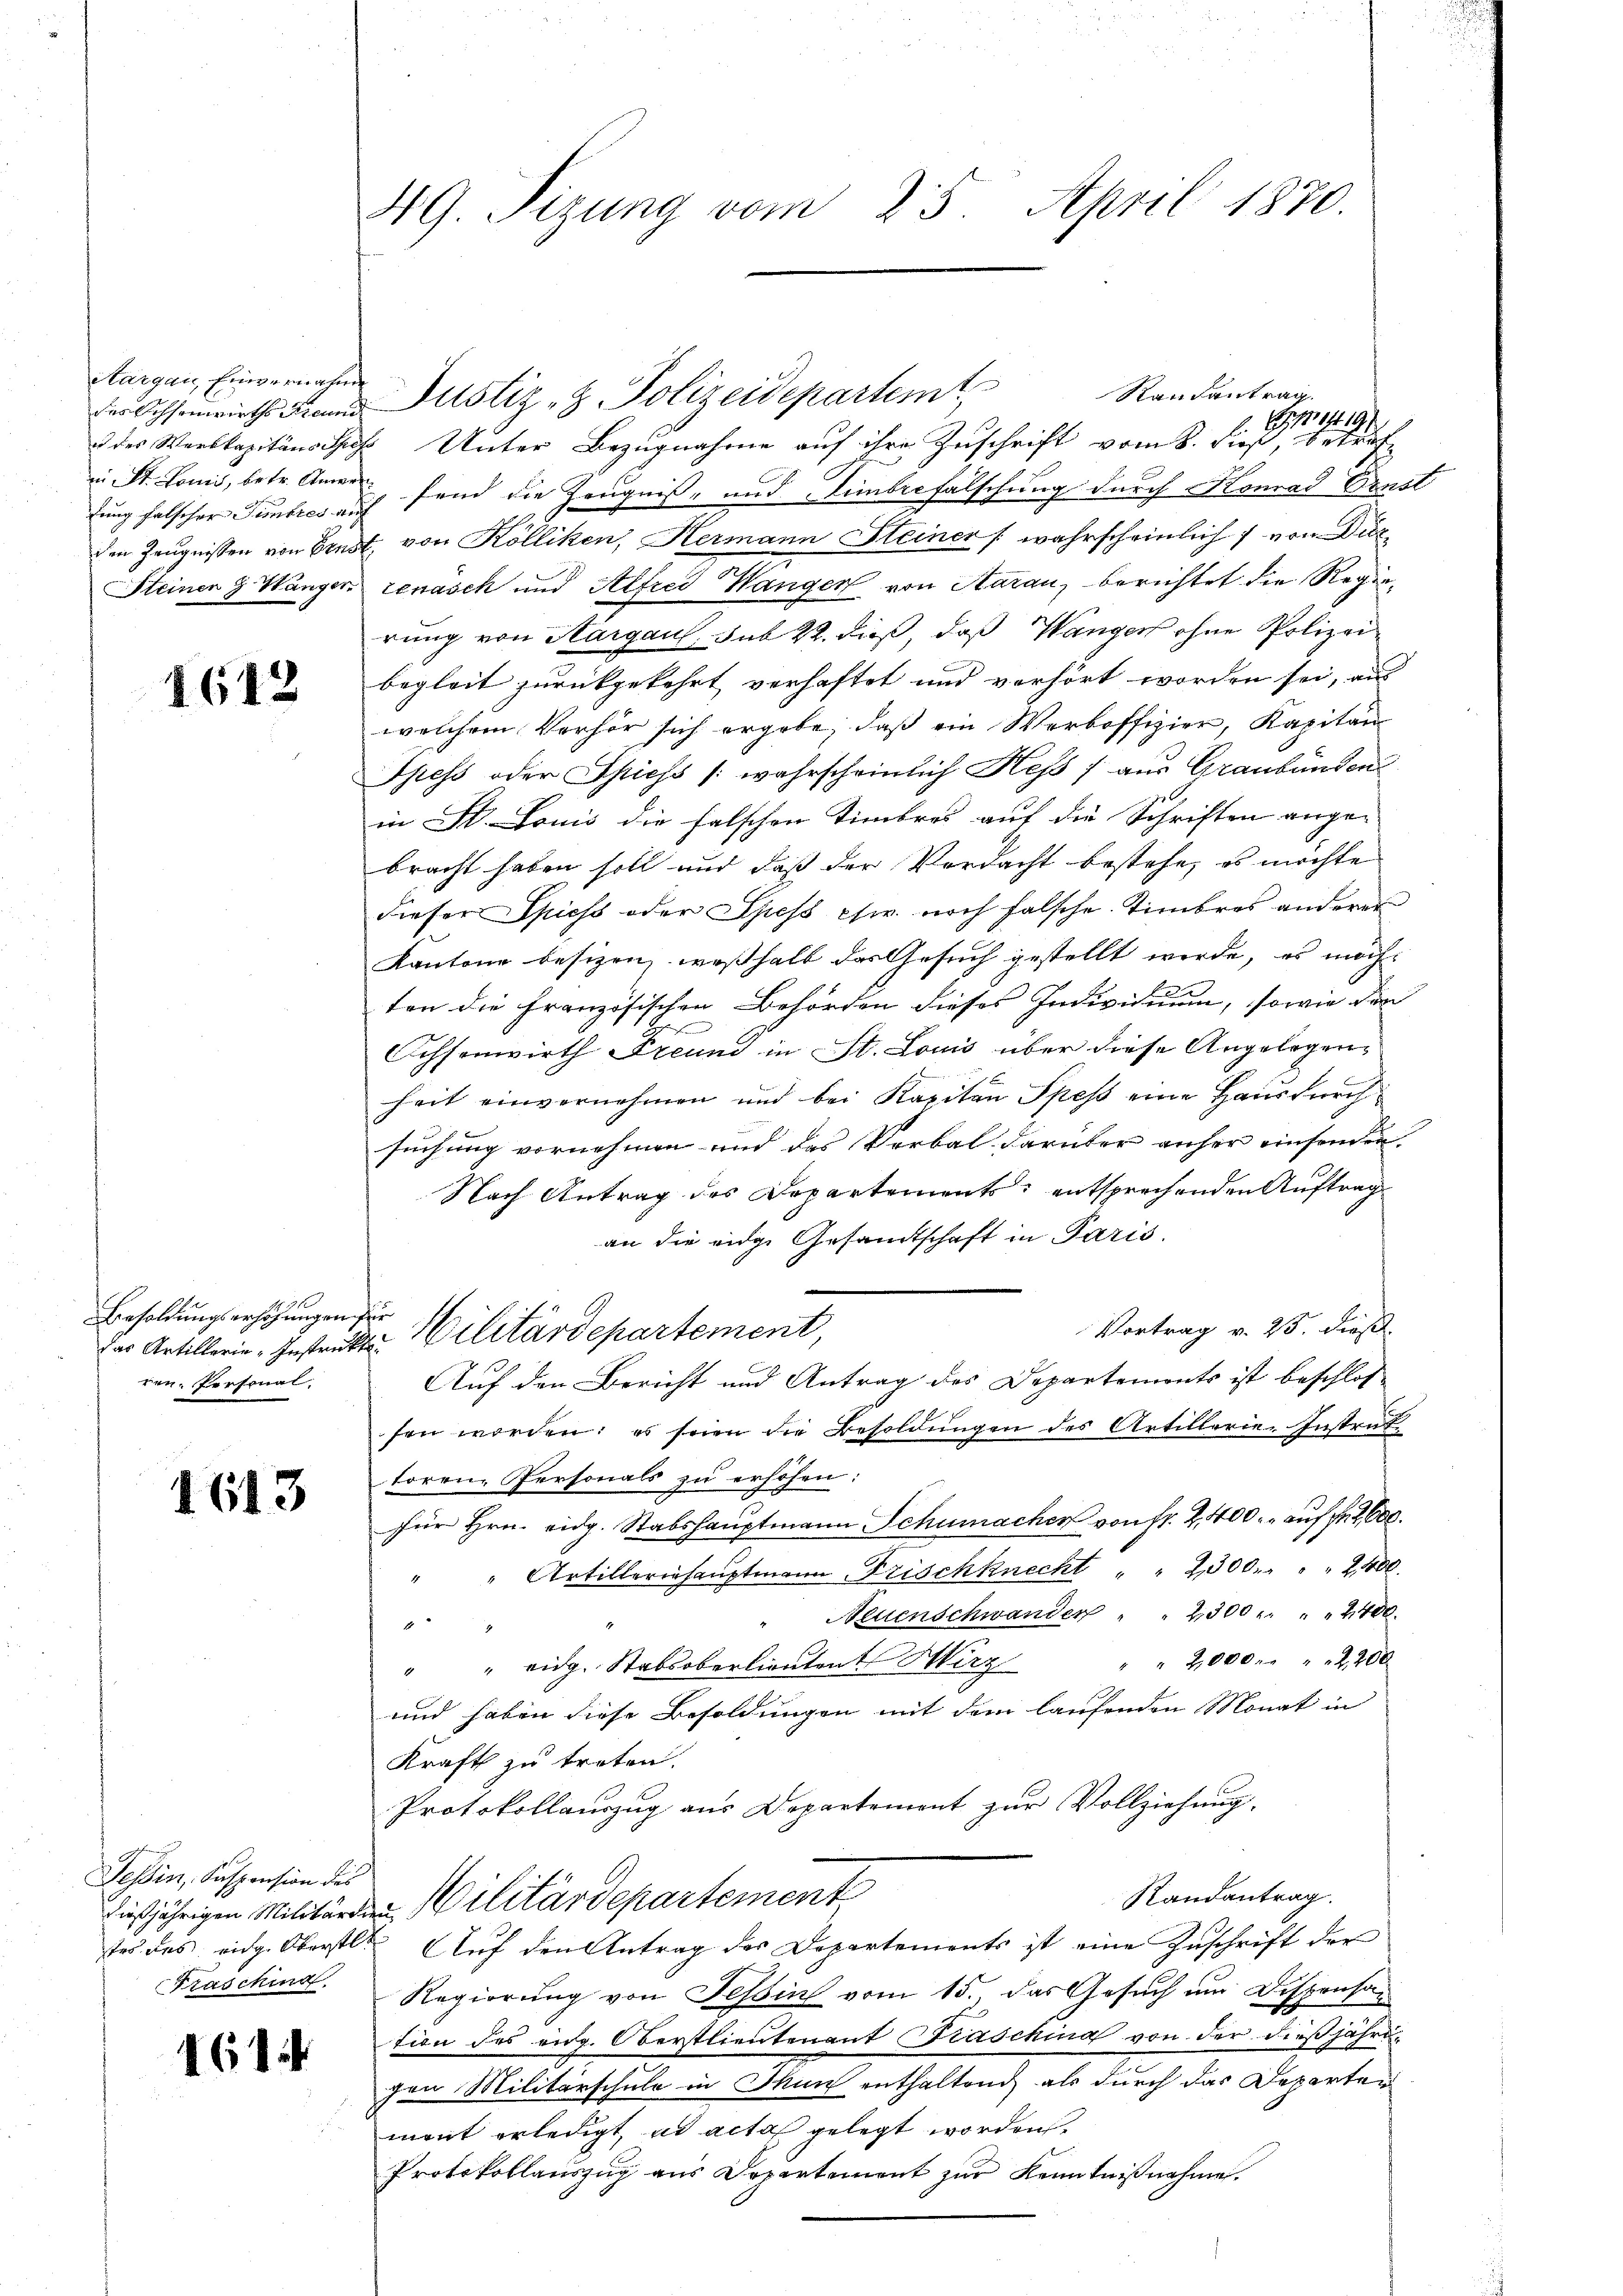
Aargau, Einvernahme
in St. Louii, betr. Amer

1612

Besoldungserhöhungen für
ren Personal.

1613

Tessin, Suspension des
Fraschind

461

49. Sizung vom 25. April 1870.

des Werkapitäns des Unter Bezugnahme auf ihre Zuschrift vom 8. dieß, beträfdung falscher Tuntres auf fand die Zeugniß- und Eimbecfalschung durch Komad Ernst
den Zeugnissen von Ernst von Kölliken, Hermann Steiner (wahrscheinlich 7 von Dez
Steinen & Wänger zenasch und Alfred Wanger von Aarau, berichtet die Regierung von Aargaul, sub 22. dieß, daß Wanger ohne Polizeibegleit zurückgekehrt verhaftet und verhört worden sei, aus
welchem Verhör sich ergebe, daß ein Werboffizier, Kapitan
Spess oder Spiess (wahrscheinlich Hess / aus Graubünden
in St. Louis die falschen Timbres auf die Schriften angebracht haben soll und daß der Verdacht bestehe, es möchte
dieser Giess oder Spess cir. noch falsche Timbres anderer
Kantone besizen, weßhalb das Gesuch gestellt werde, es mache
ten die Französischen Behörden dieses Individuum, sowie der
Achsenwirth Freund in St. Louis über diese Angelegen-
heit einvernehmen und bei Kapitän Spess eine Hausdurch
suchung vornehmen und das Verbal darüber anfer einsender.
Nach Antrag des Departements entsprechenden Auftrag
an die eidge Gesamtschaft in Paris.
Vortrag v. 25. dieß.
Auf den Bericht und Antrag des Departemonts ist beschlos
sen worden: es seien die Besoldŭngen des Artillerie-Instraf
torene Personals zu erhöhen:
für Hrn. eidg. Stabshauptmann Schumacher von fr. 2400. auf fr 2000.
" Artilleriehaŭptmann Frischknecht " " 2300. " " " 2400.
Neuenschwander " " 2300 " " " 2400.
2
" " eidg. Stabsoberlieŭtent Hirz " " 2,000. " " " 2200
und haben diese Besoldungen mit dem laufenden Monat in
Kraft zu treten.
Protokollauszug aus Departement zur Vollziehung.
Randantrag.
dießjährigen Militärden Militärdepartement
stes des eidg. Oberstl. Auf den Antrag des Departements ist eine Zuschrift der
Regierung von Tessin vom 15. das Gesuch um Dispensan
tion des eidg. Oberstlieutenant Fraschina von der dießjährigen Militärschule in Thun enthaltend als durch das Departer
ment erledigt, ad acta gelegt worden.
Protokollauszug aus Departement zur Kenntnißnahme.

der Ochsenwirths Frau Justiz- & Polizeidepartemt

das Artillerie-Instrakte Militärdepartement,

Randantrag
Ei